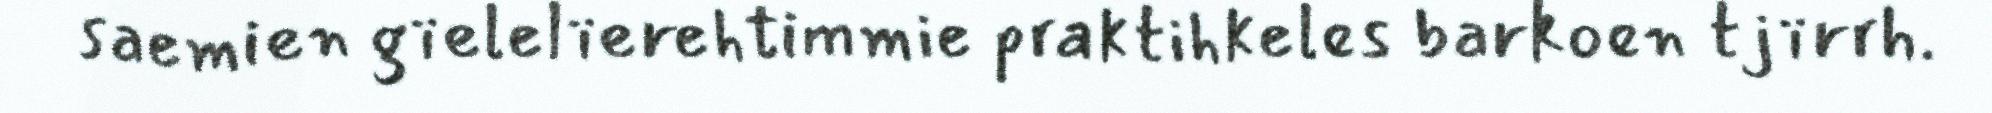
saemien gïelelïerehtimmie praktihkeles barkoen tjïrrh.